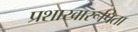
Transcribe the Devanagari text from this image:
प्रशाखारूपिता